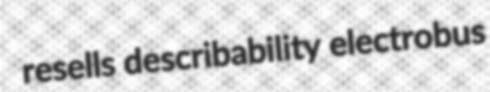
resells describability electrobus